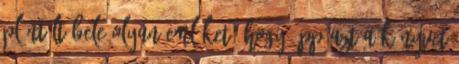
plántált bele olyan emléket, hogy épp azt a könyvet